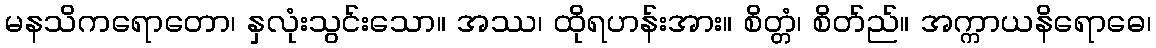
မနသိကရောတော၊ နှလုံးသွင်းသော။ အဿ၊ ထိုရဟန်းအား။ စိတ္တံ၊ စိတ်ည်။ အက္ကာယနိရောဓေ၊